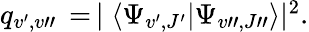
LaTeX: \begin{array}{r}{q_{v^{\prime},v"}\, =\, \mid\langle\Psi_{v^{\prime},J^{\prime}}|\Psi_{v",J"}\rangle|^{2}.}\end{array}